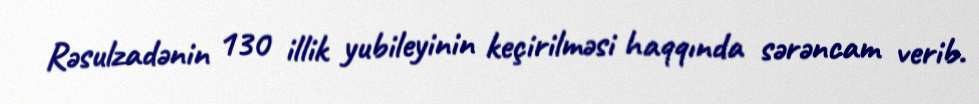
Rəsulzadənin 130 illik yubileyinin keçirilməsi haqqında sərəncam verib.